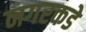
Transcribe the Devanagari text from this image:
नगरकडे